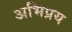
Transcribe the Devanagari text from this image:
अभिप्रय